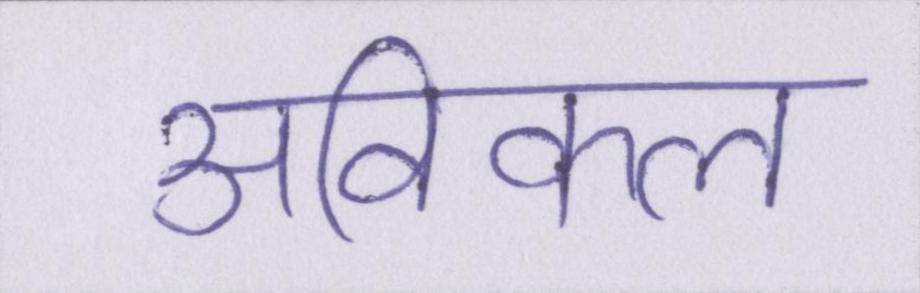
अविकल